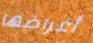
أغراضها